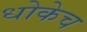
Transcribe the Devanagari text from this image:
धोकेच